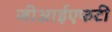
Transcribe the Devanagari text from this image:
जीआईएफटी